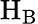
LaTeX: \mathrm{H_{B}}